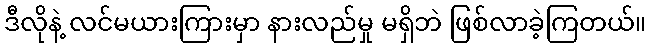
ဒီလိုနဲ့ လင်မယားကြားမှာ နားလည်မှု မရှိဘဲ ဖြစ်လာခဲ့ကြတယ်။